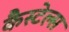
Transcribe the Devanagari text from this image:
कैस्टेल्स